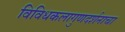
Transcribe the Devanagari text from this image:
विविधकलागुणदर्शनाचा